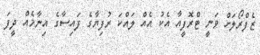
ޒެފްރޯލަށް ވަނީ ޓްރޮފީއާ އެކު އެއް ލައްކަ ރުފިޔާގެ ފައިސާގެ އިނާމެއް ދީފަ